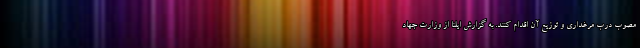
مصوب درب مرغداری و توزیع آن اقدام کنند. به گزارش ایلنا از وزارت جهاد